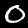
Digit: 0